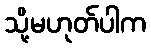
သို့မဟုတ်ပါက